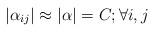
LaTeX: \begin{align*}|\alpha_{ij}|\approx|\alpha| = C; \forall i,j\end{align*}